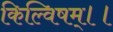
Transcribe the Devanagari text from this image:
किल्विषम्।।